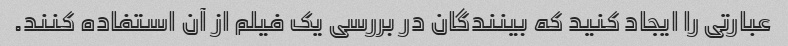
عبارتی را ایجاد کنید که بینندگان در بررسی یک فیلم از آن استفاده کنند.